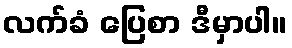
လက်ခံ ပြေစာ ဒီမှာပါ။